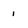
Character: i